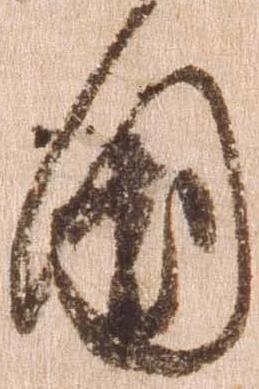
国